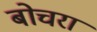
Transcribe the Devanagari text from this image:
बोचरा